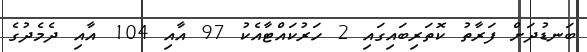
ބަނޑުދަށް ފަރާތު ކޮތަރިބައިގައި 2 ހަރުކައްޓާއެކު 97 އާއި 104 އާއި ދެމެދުގެ